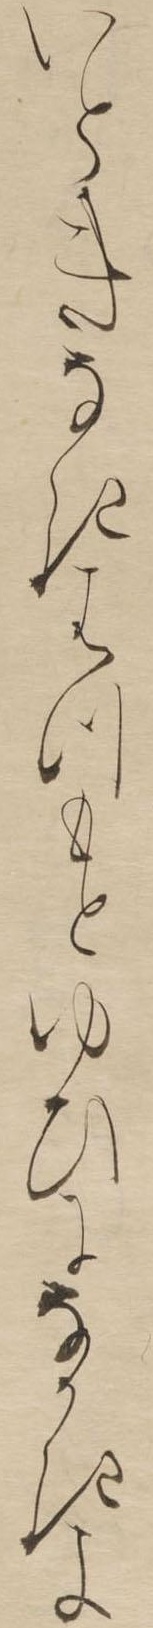
いときなきはつもとゆひになかきよ